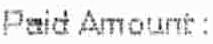
PAID AMOUNT :